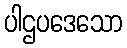
ပါဌပဒေသော